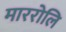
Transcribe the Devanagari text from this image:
माररोलि